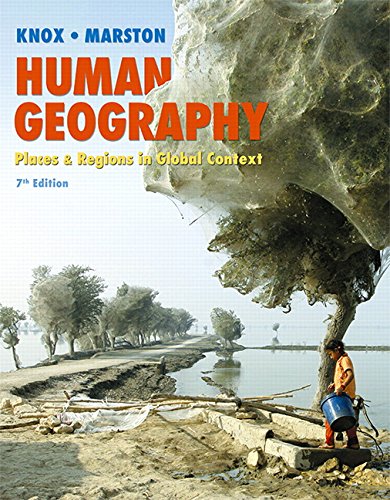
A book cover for Human Geography: Places and Regions in Global Context (7th Edition); Paul L. Knox; Politics & Social Sciences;